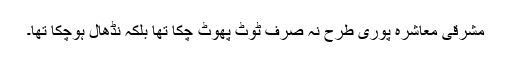
مشرقی معاشرہ پوری طرح نہ صرف ٹوٹ پھوٹ چكا تھا بلكہ نڈھال ہوچكا تھا۔